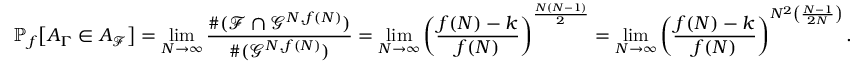
\mathbb { P } _ { f } \big [ A _ { \Gamma } \in A _ { \mathcal { F } } \big ] = \operatorname* { l i m } _ { N \rightarrow \infty } \frac { \# ( \mathcal { F } \cap \mathcal G ^ { N , f ( N ) } ) } { \# ( \mathcal { G } ^ { N , f ( N ) } ) } = \operatorname* { l i m } _ { N \rightarrow \infty } \left( \frac { f ( N ) - k } { f ( N ) } \right) ^ { \frac { N ( N - 1 ) } { 2 } } = \operatorname* { l i m } _ { N \rightarrow \infty } \left( \frac { f ( N ) - k } { f ( N ) } \right) ^ { N ^ { 2 } \left( \frac { N - 1 } { 2 N } \right) } .